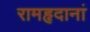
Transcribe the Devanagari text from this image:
रामहृदानां